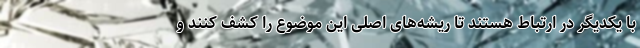
با یکدیگر در ارتباط هستند تا ریشه‌های اصلی این موضوع را کشف کنند و